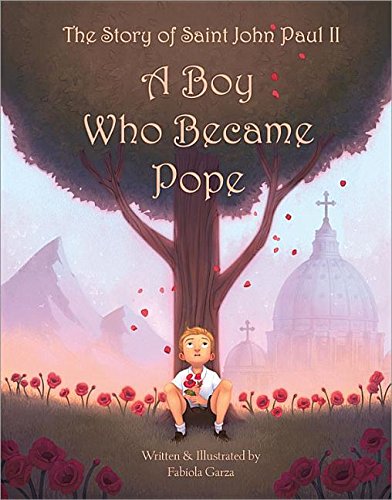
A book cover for The Story of Saint John Paul II: A Boy Who Became Pope; Fabiola Garza; Children's Books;